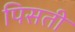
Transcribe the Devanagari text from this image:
पिसती